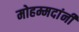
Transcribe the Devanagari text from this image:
मोहम्मदांनी